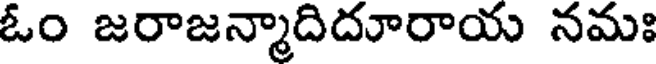
ఓం జరాజన్మాదిదూరాయ నమః